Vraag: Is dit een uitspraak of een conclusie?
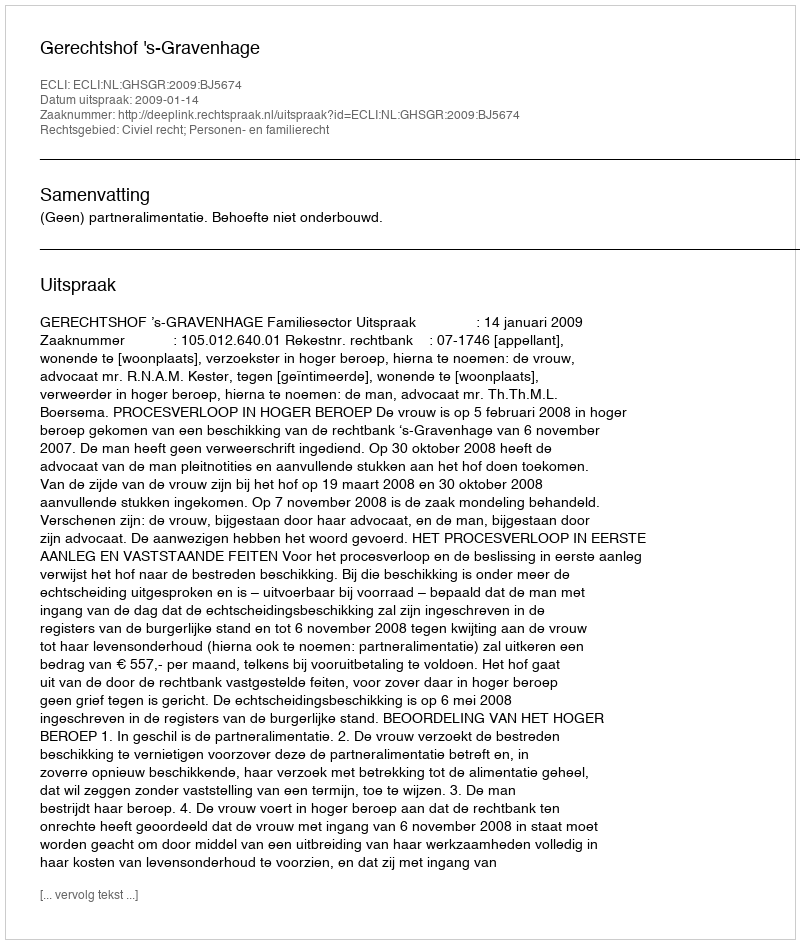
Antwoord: Uitspraak